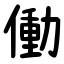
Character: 働